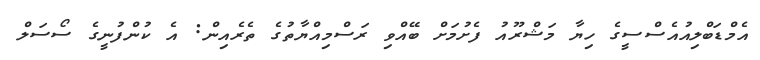
އެމްޑަބްލިއުއެސްސީގެ ހިޔާ މަޝްރޫއު ފެށުމަށް ބޭއްވި ރަސްމިއްޔާތުގެ ތެރެއިން: އެ ކުންފުނީގެ ސޯސަލް